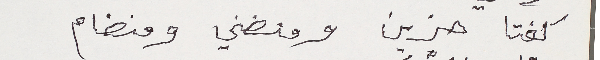
كفتا حزين ومنضني ومنضام